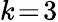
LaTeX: k\! =\! 3